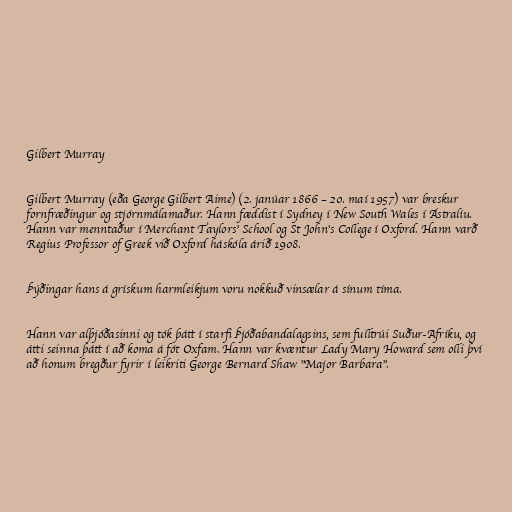
Gilbert Murray

Gilbert Murray (eða George Gilbert Aime) (2. janúar 1866 – 20. maí 1957) var breskur
fornfræðingur og stjórnmálamaður. Hann fæddist í Sydney í New South Wales í Ástralíu.
Hann var menntaður í Merchant Taylors' School og St John's College í Oxford. Hann varð
Regius Professor of Greek við Oxford háskóla árið 1908.

Þýðingar hans á grískum harmleikjum voru nokkuð vinsælar á sínum tíma.

Hann var alþjóðasinni og tók þátt í starfi Þjóðabandalagsins, sem fulltrúi Suður-Afríku, og
átti seinna þátt í að koma á fót Oxfam. Hann var kvæntur Lady Mary Howard sem olli því
að honum bregður fyrir í leikriti George Bernard Shaw "Major Barbara".